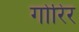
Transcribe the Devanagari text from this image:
गोरिर